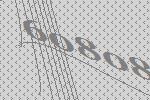
60808